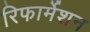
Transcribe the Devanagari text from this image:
रिफार्मेशन